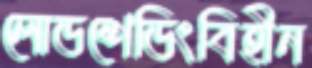
লোডশেডিংবিহীন